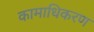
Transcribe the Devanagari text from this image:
कामाधिकरण